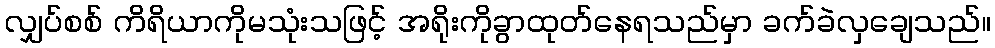
လျှပ်စစ် ကိရိယာကိုမသုံးသဖြင့် အရိုးကိုခွာထုတ်နေရသည်မှာ ခက်ခဲလှချေသည်။